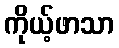
ကိုယ့်ဖာသာ